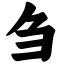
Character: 刍